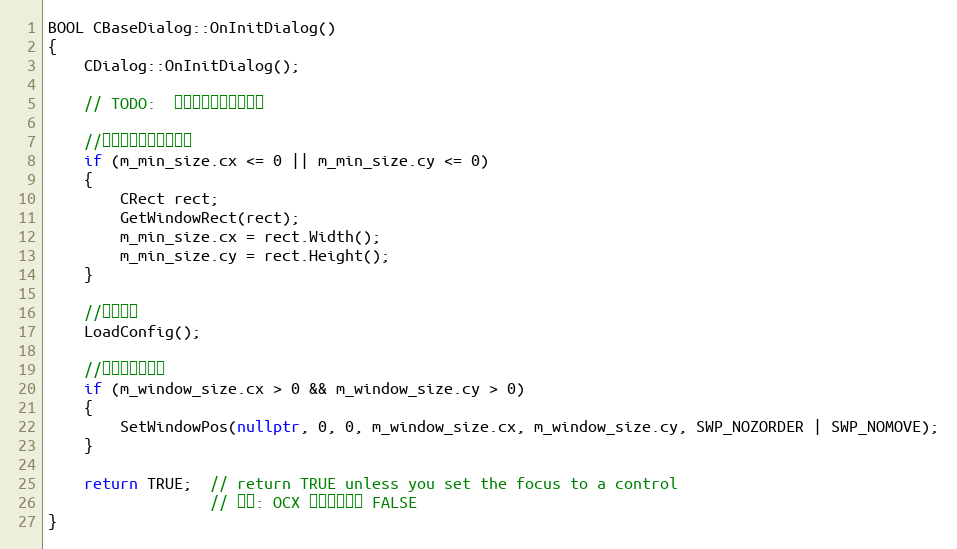
Language: C++
BOOL CBaseDialog::OnInitDialog()
{
	CDialog::OnInitDialog();

	// TODO:  在此添加额外的初始化

	//获取初始时窗口的大小
	if (m_min_size.cx <= 0 || m_min_size.cy <= 0)
	{
		CRect rect;
		GetWindowRect(rect);
		m_min_size.cx = rect.Width();
		m_min_size.cy = rect.Height();
	}

	//载入设置
	LoadConfig();

	//初始化窗口大小
	if (m_window_size.cx > 0 && m_window_size.cy > 0)
	{
		SetWindowPos(nullptr, 0, 0, m_window_size.cx, m_window_size.cy, SWP_NOZORDER | SWP_NOMOVE);
	}

	return TRUE;  // return TRUE unless you set the focus to a control
				  // 异常: OCX 属性页应返回 FALSE
}